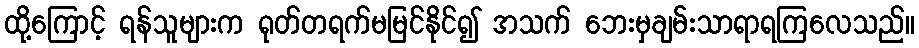
ထို့ကြောင့် ရန်သူများက ရုတ်တရက်မမြင်နိုင်၍ အသက် ဘေးမှချမ်းသာရာရကြလေသည်။